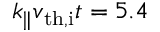
k _ { \parallel } v _ { \mathrm { t h , i } } t = 5 . 4